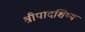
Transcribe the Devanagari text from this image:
श्रीपादशिष्य